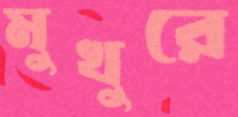
মুখুরে